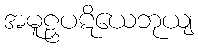
အမူဠှပဋိယေဘုယျ